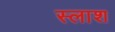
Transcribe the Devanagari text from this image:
स्लाश